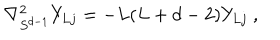
LaTeX: \nabla _ { S ^ { d - 1 } } ^ { 2 } Y _ { L j } = - L ( L + d - 2 ) Y _ { L j } \ ,